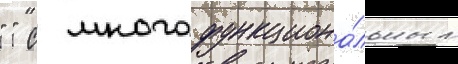
" " с многофункциона́льным